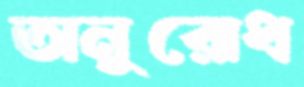
অনুরোধ